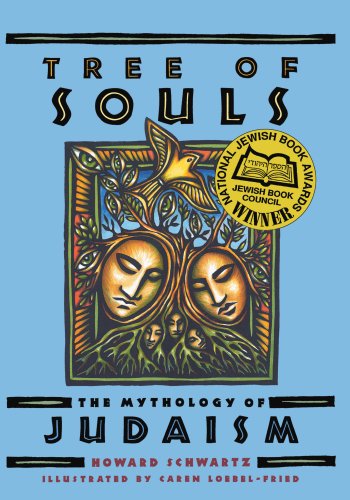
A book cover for Tree of Souls: The Mythology of Judaism; Howard Schwartz; Literature & Fiction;